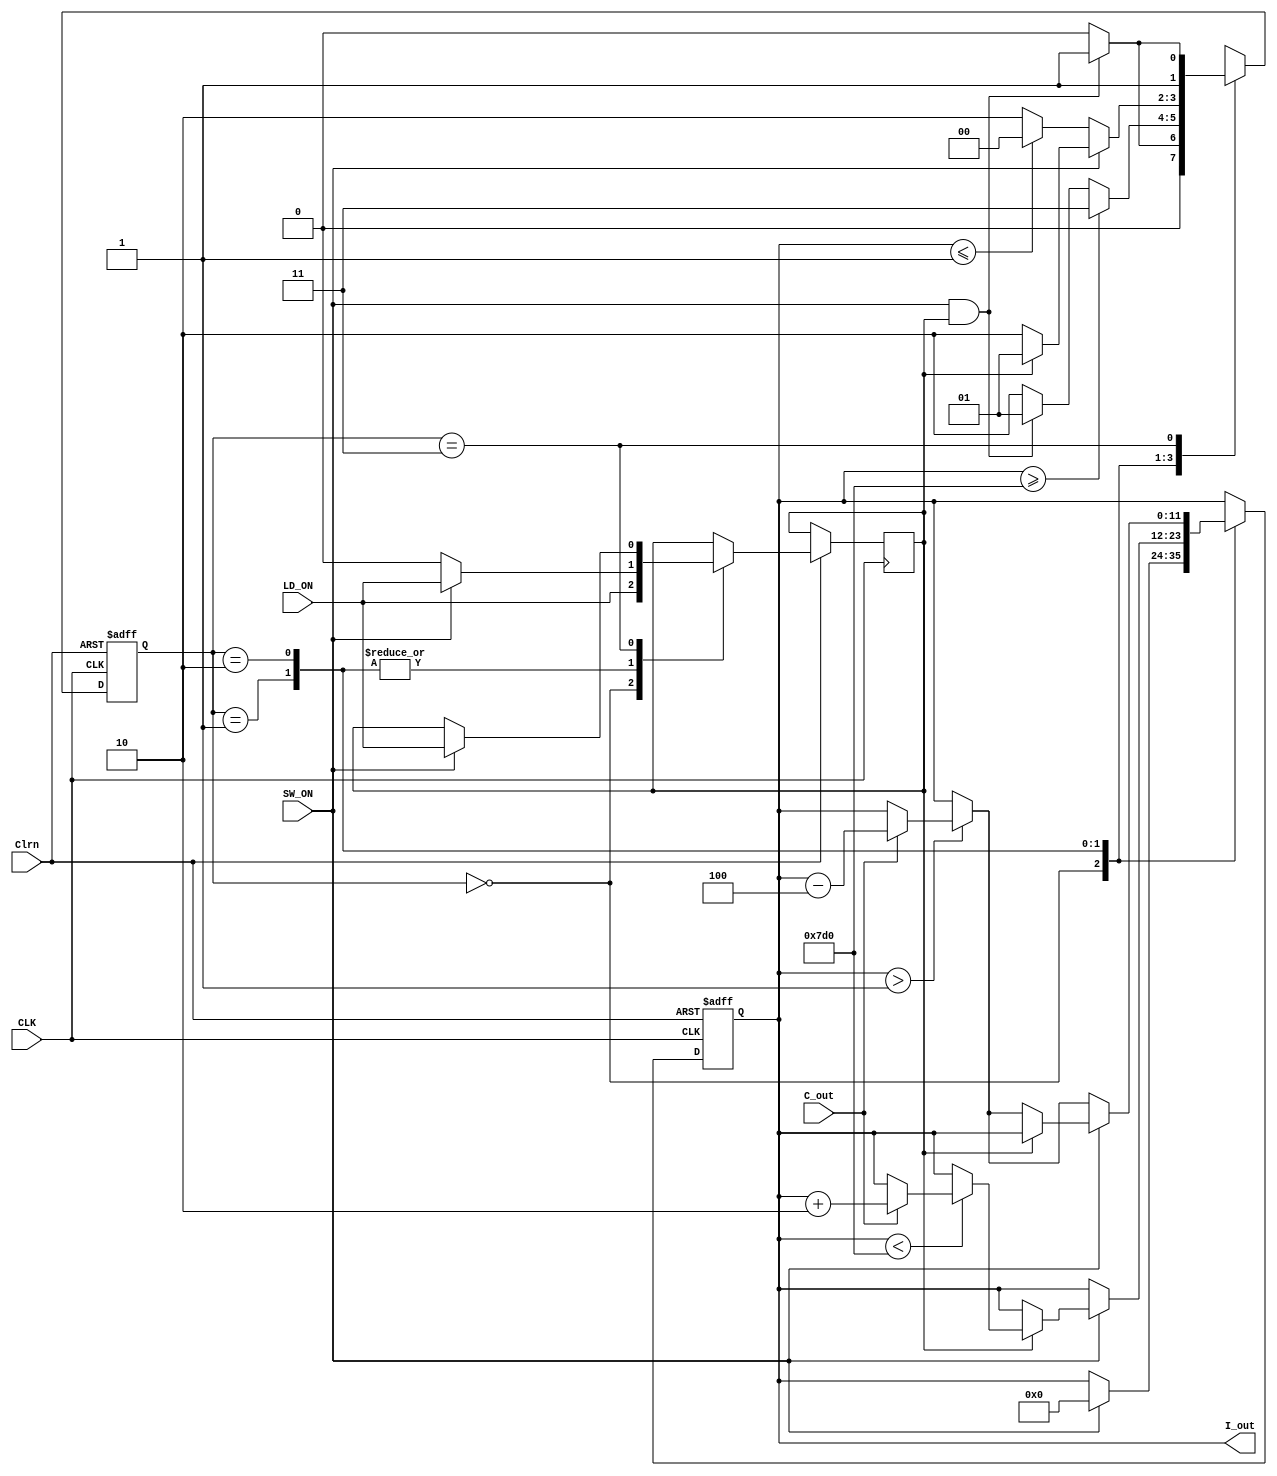
module LD_Driver_ASM_v_jin(
   output reg [11:0] I_out,
   input SW_ON, LD_ON, C_out,
   input CLK, Clrn
);
   reg LD_ON_reg;
   reg [1:0] pstate, nstate;

   //Encode the states
   parameter S0=2'b00, S1=2'b01, S2=2'b10, S3=2'b11;

   //state transition
   always @(posedge CLK, negedge Clrn) begin
	  if(~Clrn) begin
		 pstate <= S0;
		 I_out <= 12'b0;
	  end
	  else begin
		 pstate <= nstate; //clocked operation
		 case(pstate)
			S0:
			begin
			   LD_ON_reg <= LD_ON;
			   if(SW_ON) begin
				  I_out <= 12'b0;
			   end
			end

			S1:
			begin
			   if(SW_ON) begin
				  LD_ON_reg <= LD_ON;
				  if(LD_ON_reg) begin
					 if(I_out < 12'd2000) begin
						if(C_out == 1'b1) begin
						   I_out <= I_out+2'b10;
						end
					 end
				  end
			   end
			   else LD_ON_reg <= 1'b0;
			end

			S2:
			begin
			   if(SW_ON) begin
				  LD_ON_reg <= LD_ON;
				  if(!LD_ON_reg) begin
					 if(I_out > 1'b1) begin
						if(C_out == 1'b1) begin
						   I_out <= I_out-3'b100;
						end
					 end
				  end
			   end
			   else begin
				  LD_ON_reg <= 1'b0;
				  if(I_out > 1'b1) begin
					 if(C_out == 1'b1) begin
						I_out <= I_out-3'b100;
					 end
				  end
			   end	   
			end

			S3:
			begin
			   if(SW_ON) begin
				  LD_ON_reg <= LD_ON;
			   end
			end
		 endcase
	  end
   end

   always @(SW_ON, LD_ON_reg, pstate, I_out) begin
	  case(pstate)
		 S0: 
		 begin 
			if(SW_ON & LD_ON_reg) nstate <= S1;
			else nstate <= S0;
		 end

		 S1:
		 begin
			if(I_out >= 12'd2000) nstate <= S3;
			else begin 
			   if(SW_ON & LD_ON_reg) nstate <= S1;
			   else nstate <= S2;
			end
		 end

		 S2:
		 begin
			if(SW_ON) begin
	  		   if(LD_ON_reg) nstate <= S1;
			   else nstate <= S2;
			end
			else
			   if(I_out <= 1'd1) nstate <= S0;
			   else nstate <= S2;
		 end
		
		 S3:
		 begin 
			if(SW_ON & LD_ON_reg) nstate <= S3;
			else nstate <= S2;
		 end
	  endcase
   end
endmodule